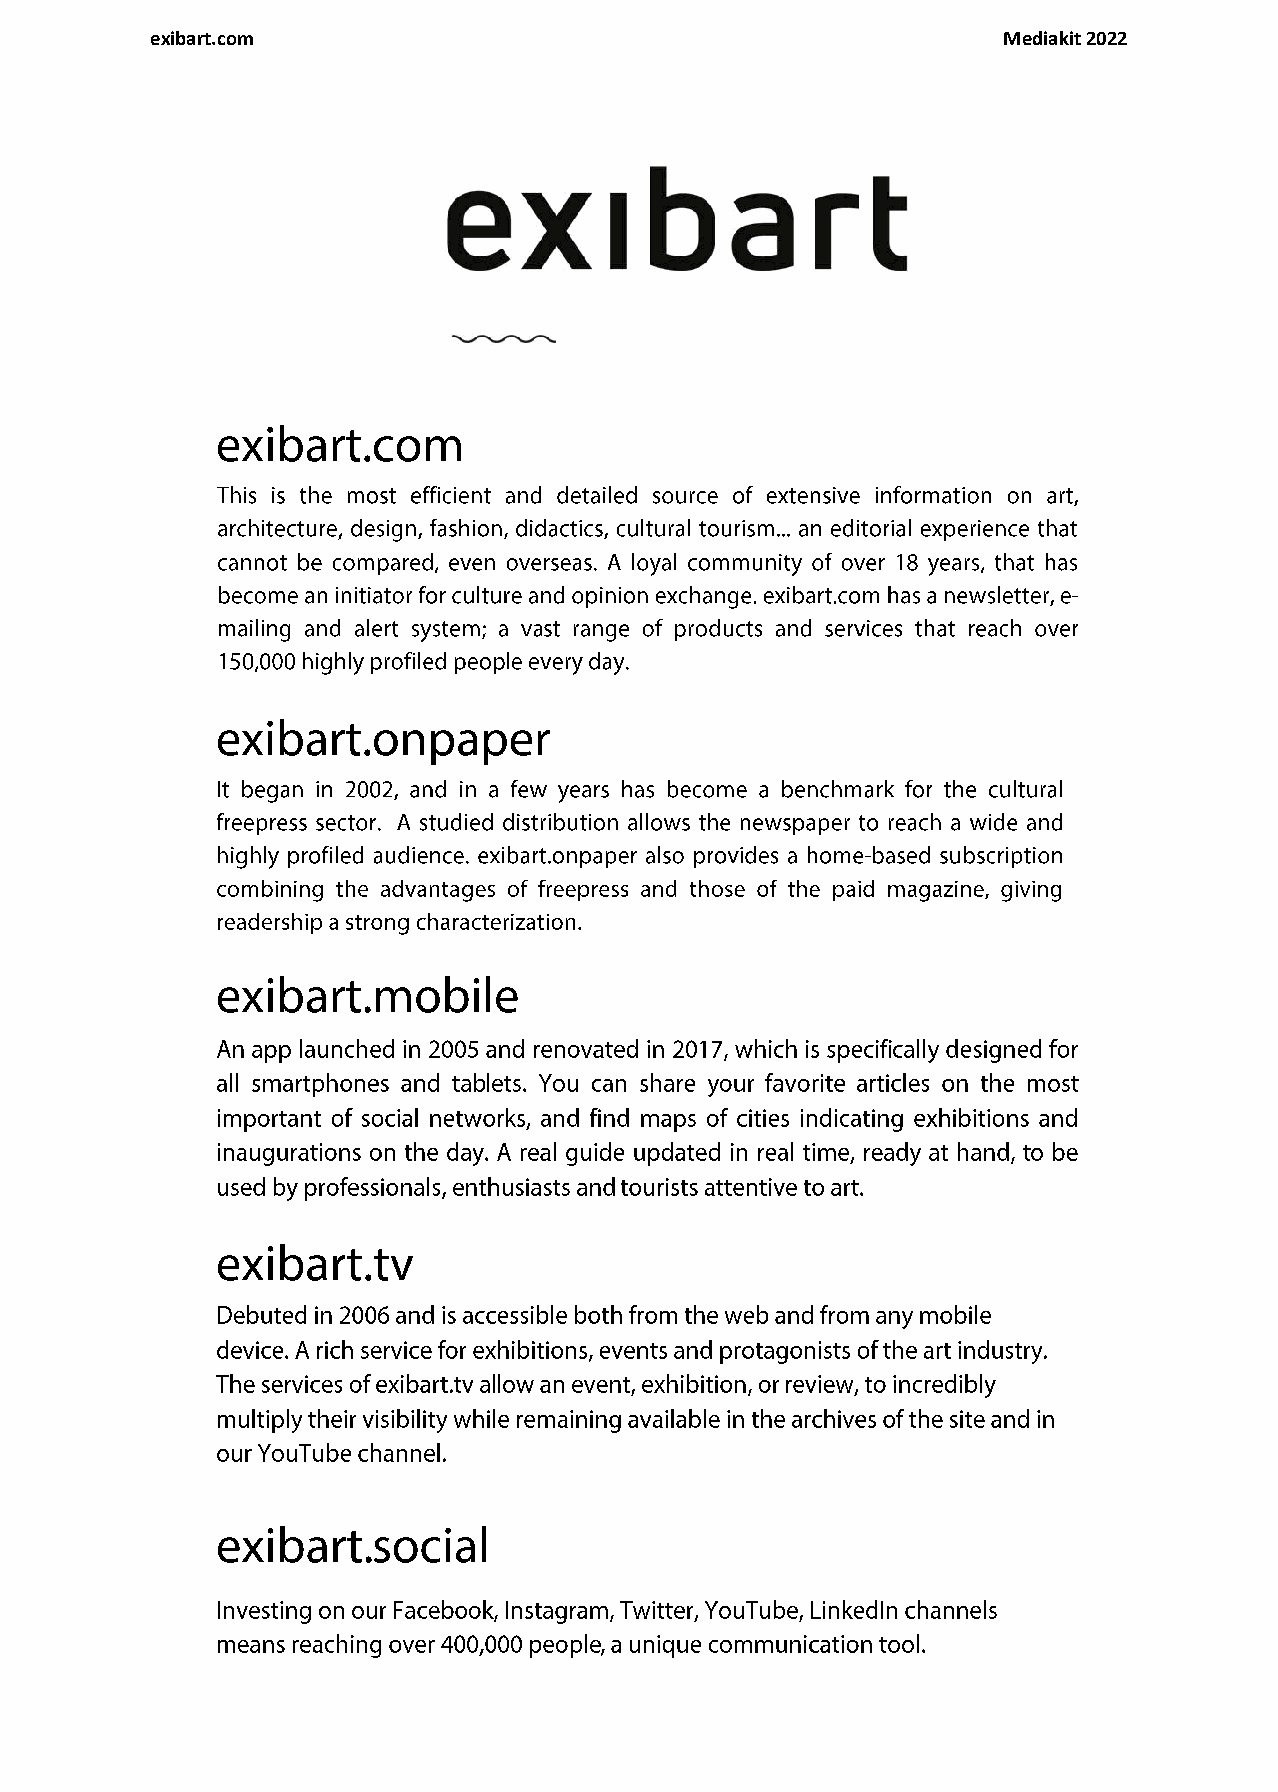
exibart.com                                             Mediakit 2022